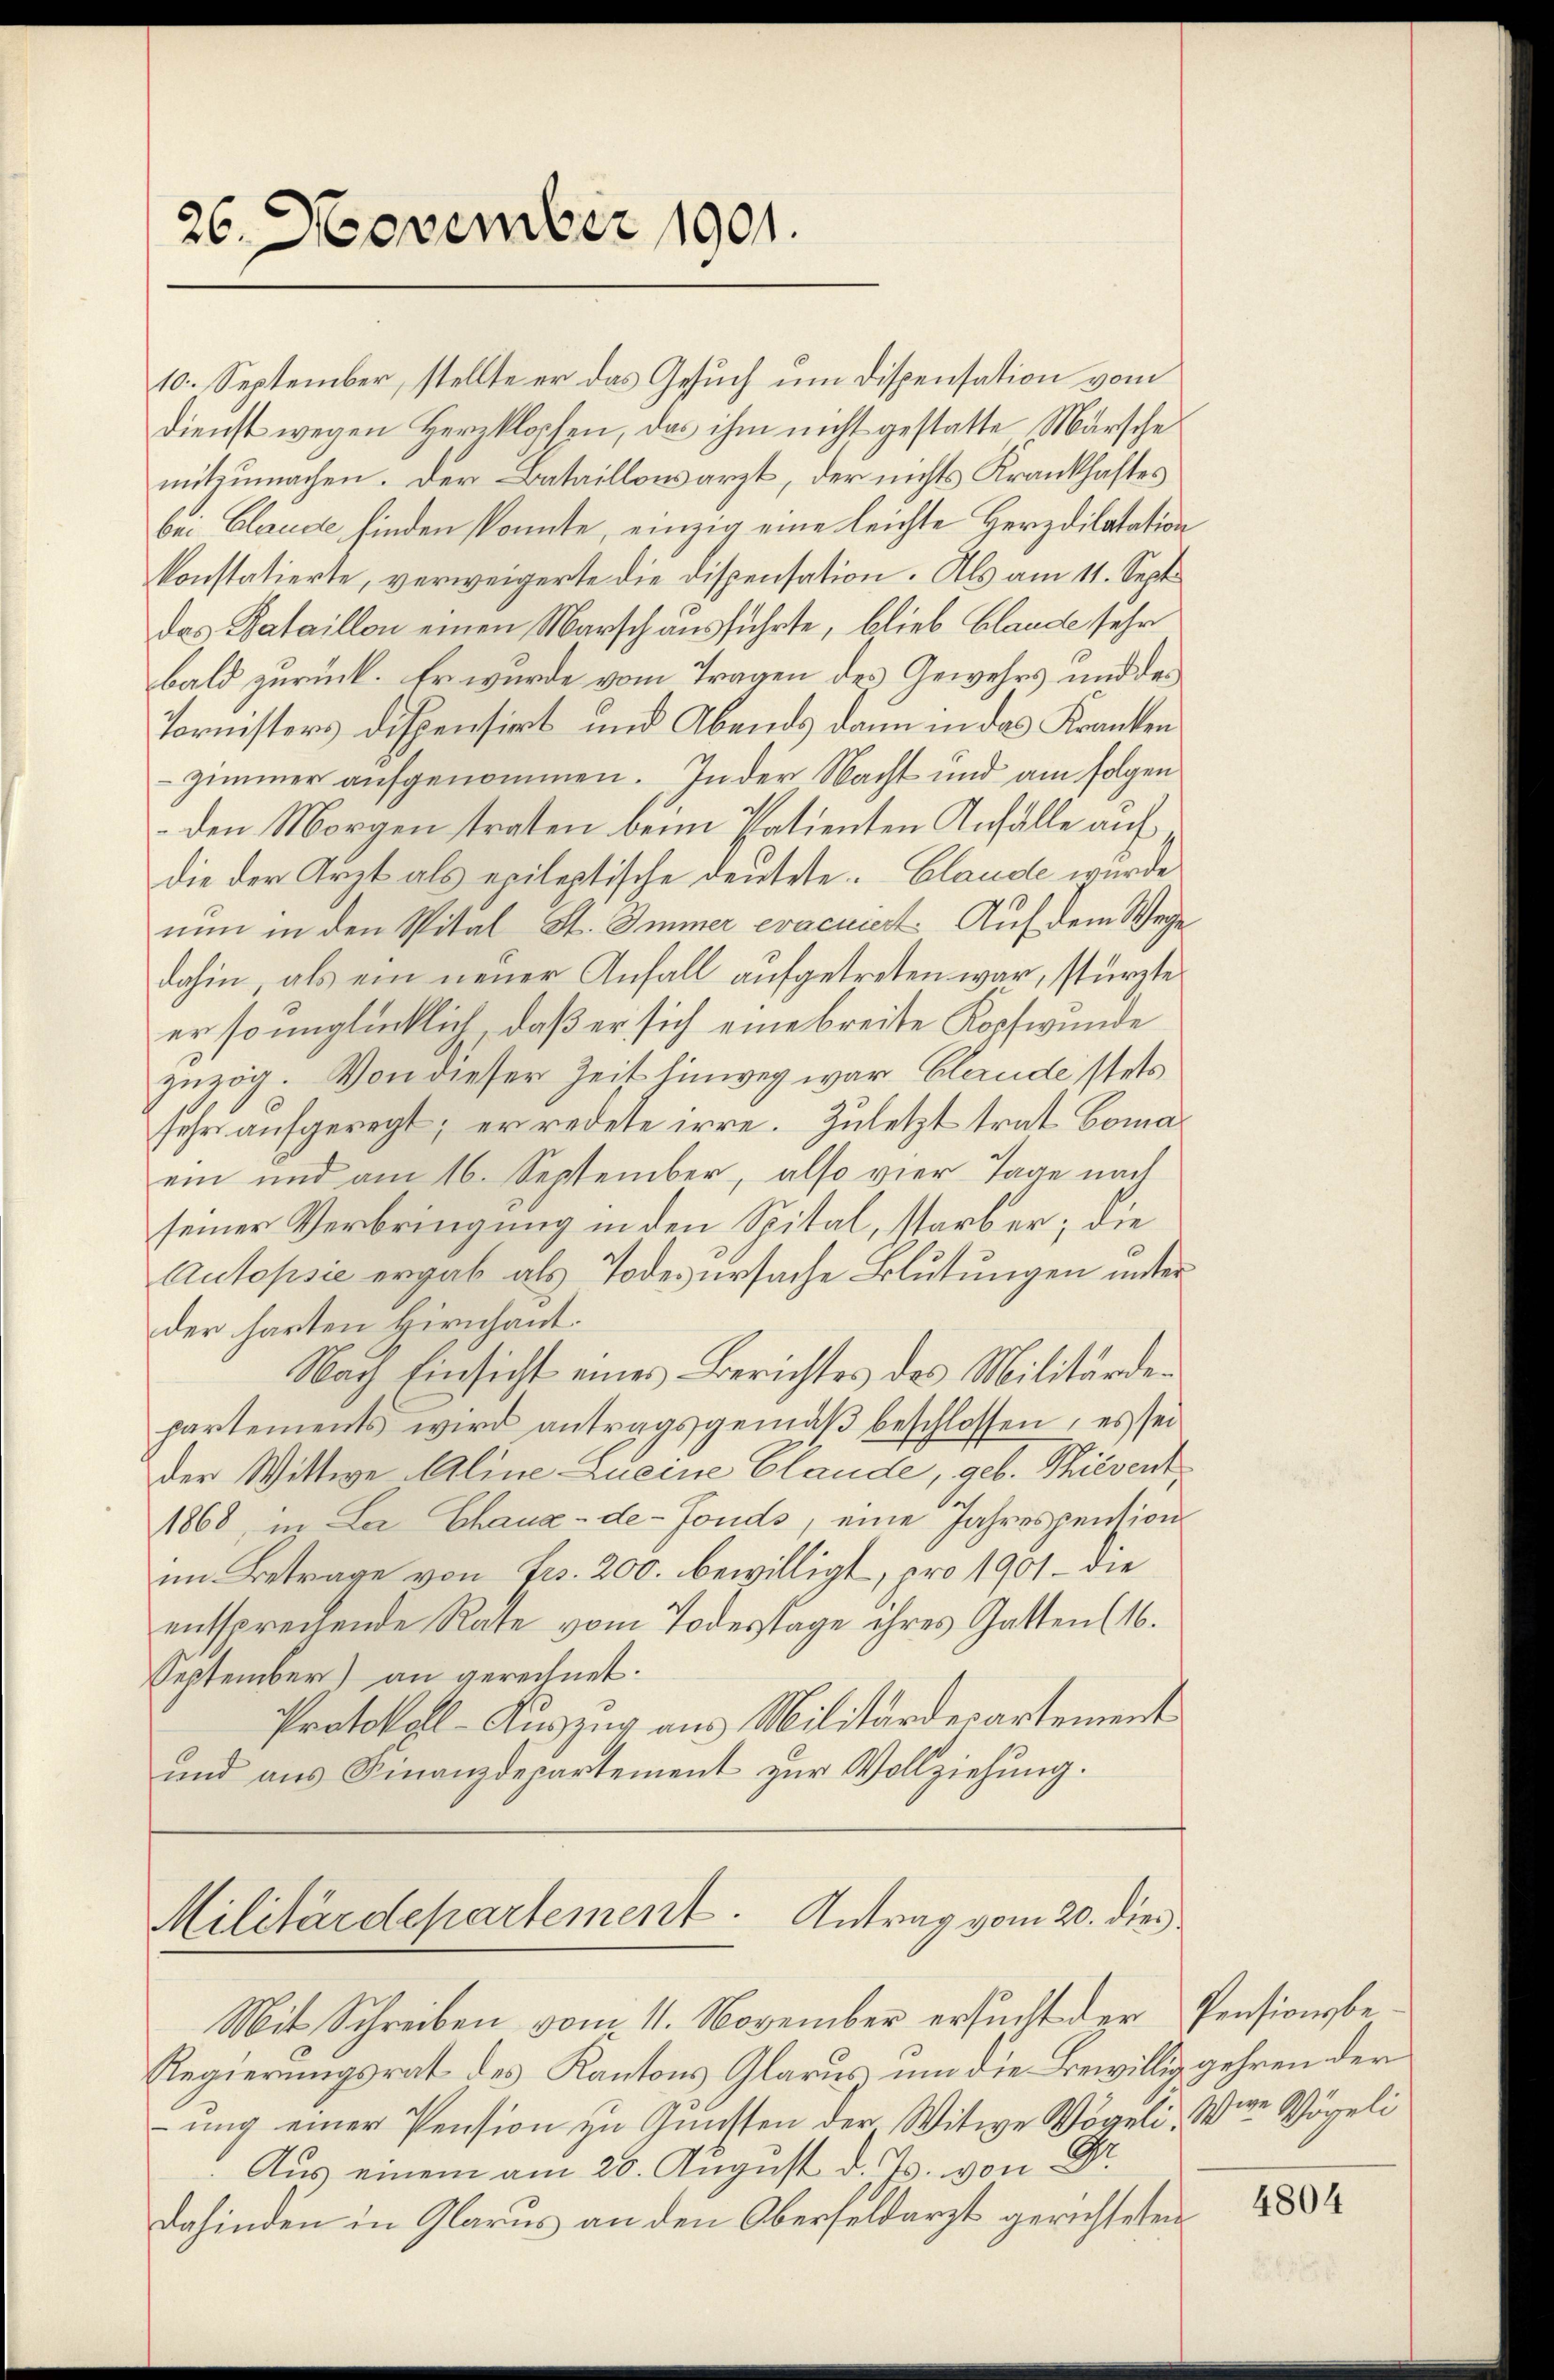
26. November 1901.

dienst wegen Herzklopfen, das ihm nicht gestatte Marsche
mitzumachen. Der Bataillowarzt, der nichts Krankhaftes
bei Claude finden konnte, einzig eine leichte Herzdilatation
konstatierte, verweigerte die Dispensation. Als am 11. Sept.
das Bataillon einen Marsch ausführte, blieb Blaude sehr
bald zurück. Er wurde vom Tragen des Gewehrs und des
Tornisters dispensirt und Abends dann in das Kranken
zimmer aufgenommen. In der Nacht und am folgen
den Morgen traten beim Patienten Anfälle auf
die der Arzt als epileptische deutete Claude wurde
nun in den Spital St. Immer evacuiert: Auf dem Wege
dahin, als ein neuer Anfall aufgetreten war, stürzte
er so unglücklich, daß er sich eine breite Kopfwunde
zuzog. Von dieser Zeit hinweg war Claude stets
sehr aufgeregt; er redete irre. Zuletzt trat Comaein und am 16. September, also vier Tage nach
seiner Verbringung in den Spital, starb er; die
Autopsie ergab als Todesursache Blutungen unter
der harten Hirschaut.
Nach Einsicht eines Berichtes des Militärdepartements wird antragsgemäß beschlossen, es sei
der Wittwe Aline Lucine Claude, geb. Thiesent
1868, in La Chaux-de-Fonds, eine Jahrespensions
im Betrage von Frs. 200. bewilligt, pro 1901 - die
entsprechende Rate vom Todesstage ihres Gatten (16.
September) an gerechnet.
Protokoll- Auszug aus Militärdepartement
und aus Finanzdepartement zur Vollziehung.

10. September, stellte er das Gesuch um Dispensation vom

Militärdepartement. Antrag vom 20. dies
Mit Schreiben vom 11. November ersucht der Pensionsbe-

Regierungsrat des Kantons Glarus um die Bewillig gehren der
ung einer Pension zu Gunsten der Witwe Vögeli, Were Vögeli
Aus einem am 28. August d. Js. von Dr.
Dahinden in Glarus an den Oberseldarzt gerichteten

4804